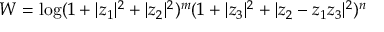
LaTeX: W = \log ( 1 + \vert z _ { 1 } \vert ^ { 2 } + \vert z _ { 2 } \vert ^ { 2 } ) ^ { m } ( 1 + \vert z _ { 3 } \vert ^ { 2 } + \vert z _ { 2 } - z _ { 1 } z _ { 3 } \vert ^ { 2 } ) ^ { n }